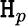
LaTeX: \mathtt{H}_{p}